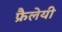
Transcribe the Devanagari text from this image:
फ्रैलेयी